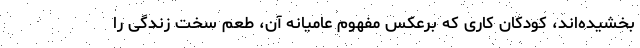
بخشیده‌اند، کودکان کاری که برعکس مفهوم عامیانه آن، طعم سخت زندگی را